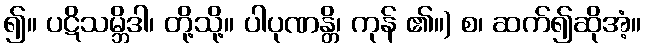
၍။ ပဋိသမ္ဘိဒါ၊ တို့သို့။ ပါပုဏန္တိ၊ ကုန် ၏။) စ၊ ဆက်၍ဆိုအံ့။